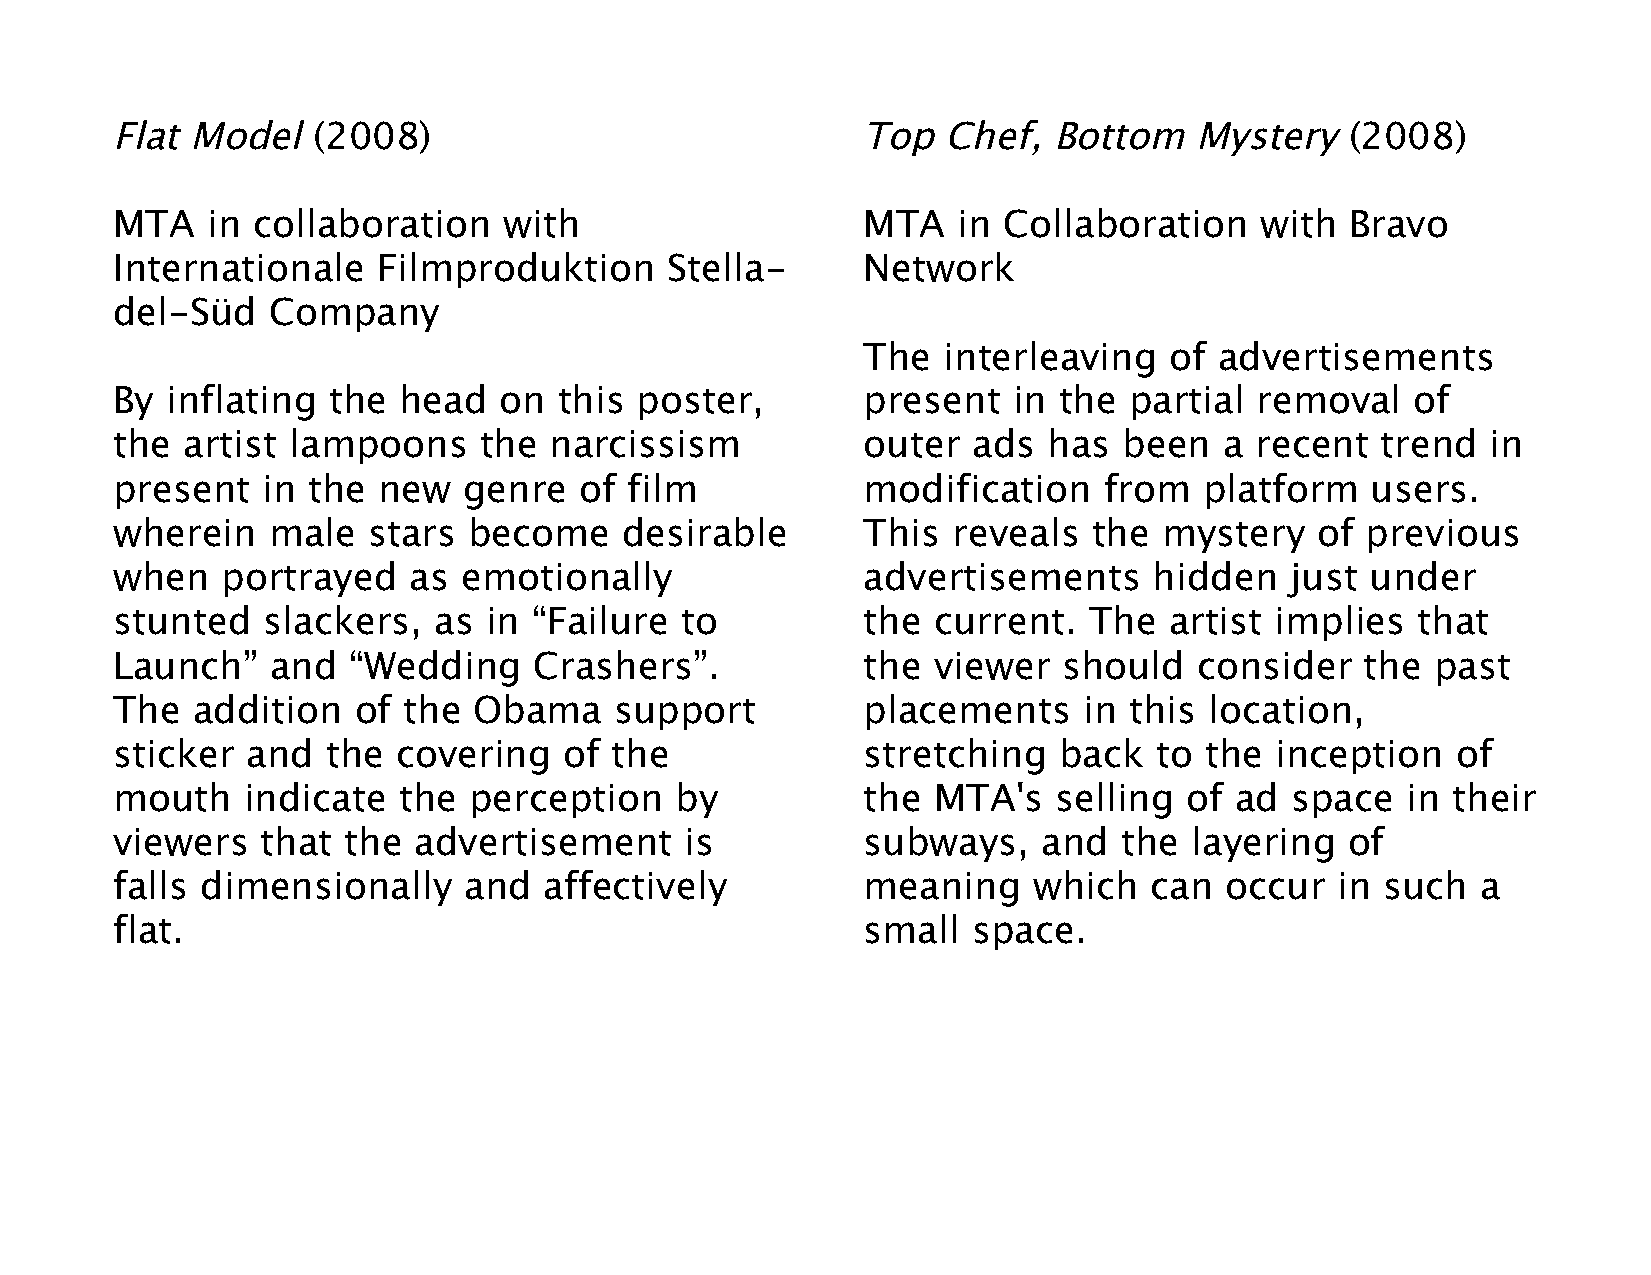
Flat Model    (2008)                              Top  Chef,   Bottom   Mystery   (2008)
 MTA    in collaboration   with                    MTA   in Collaboration    with  Bravo
 Internationale    Filmproduktion     Stella-      Network
 del-Süd    Company
 The  interleaving   of  advertisements
 By  inflating  the head   on  this poster,        present   in the  partial removal    of
 the  artist lampoons     the narcissism           outer  ads  has  been   a recent  trend   in
 present   in the  new   genre  of  film           modification    from   platform   users.
 wherein    male  stars  become    desirable       This  reveals  the  mystery   of previous
 when    portrayed   as emotionally                advertisements     hidden   just  under
 stunted   slackers,   as in “Failure  to          the  current.  The  artist implies   that
 Launch”    and  “Wedding    Crashers”.            the  viewer  should   consider   the  past
 The   addition  of  the Obama     support         placements     in this location,
 sticker  and   the covering   of the              stretching   back  to  the inception   of
 mouth    indicate  the  perception    by          the  MTA's   selling of  ad space   in their
 viewers   that  the advertisement     is          subways,    and  the  layering  of
 falls dimensionally     and  affectively          meaning    which   can  occur  in such   a
 flat.                                             small  space.